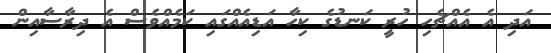
އަދި އެ އެއްޗެހި ހުރީ ކަނޑުގެ ކިހާ އަޑިއެއްގައި ކަމެއްވެސް އެ ދިރާސާއިން